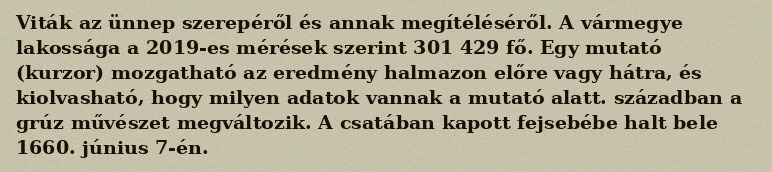
Viták az ünnep szerepéről és annak megítéléséről. A vármegye lakossága a 2019-es mérések szerint 301 429 fő. Egy mutató (kurzor) mozgatható az eredmény halmazon előre vagy hátra, és kiolvasható, hogy milyen adatok vannak a mutató alatt. században a grúz művészet megváltozik. A csatában kapott fejsebébe halt bele 1660. június 7-én.